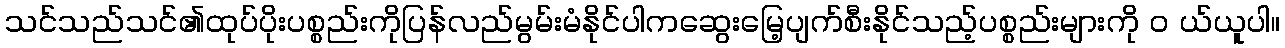
သင်သည်သင်၏ထုပ်ပိုးပစ္စည်းကိုပြန်လည်မွမ်းမံနိုင်ပါကဆွေးမြေ့ပျက်စီးနိုင်သည့်ပစ္စည်းများကို ၀ ယ်ယူပါ။